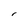
Character: 1